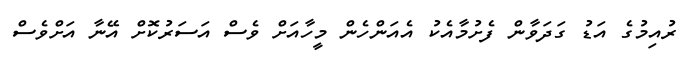
ރުއިމުގެ އަޑު ގަދަވާން ފެށުމާއެކު އެއަންހެން މީހާއަށް ވެސް އަސަރުކޮށް އޭނާ އަށްވެސް